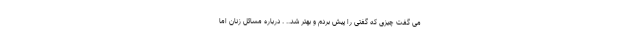
می گفت چیزی که گفتی را پیش بردم و بهتر شد.. . درباره مسائل زنان اما